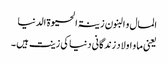
المال و البنون زینۃ الحیوۃ الدنیا
یعنی ما و اولاد زندگانی دنیا کی زینت ہیں ۔